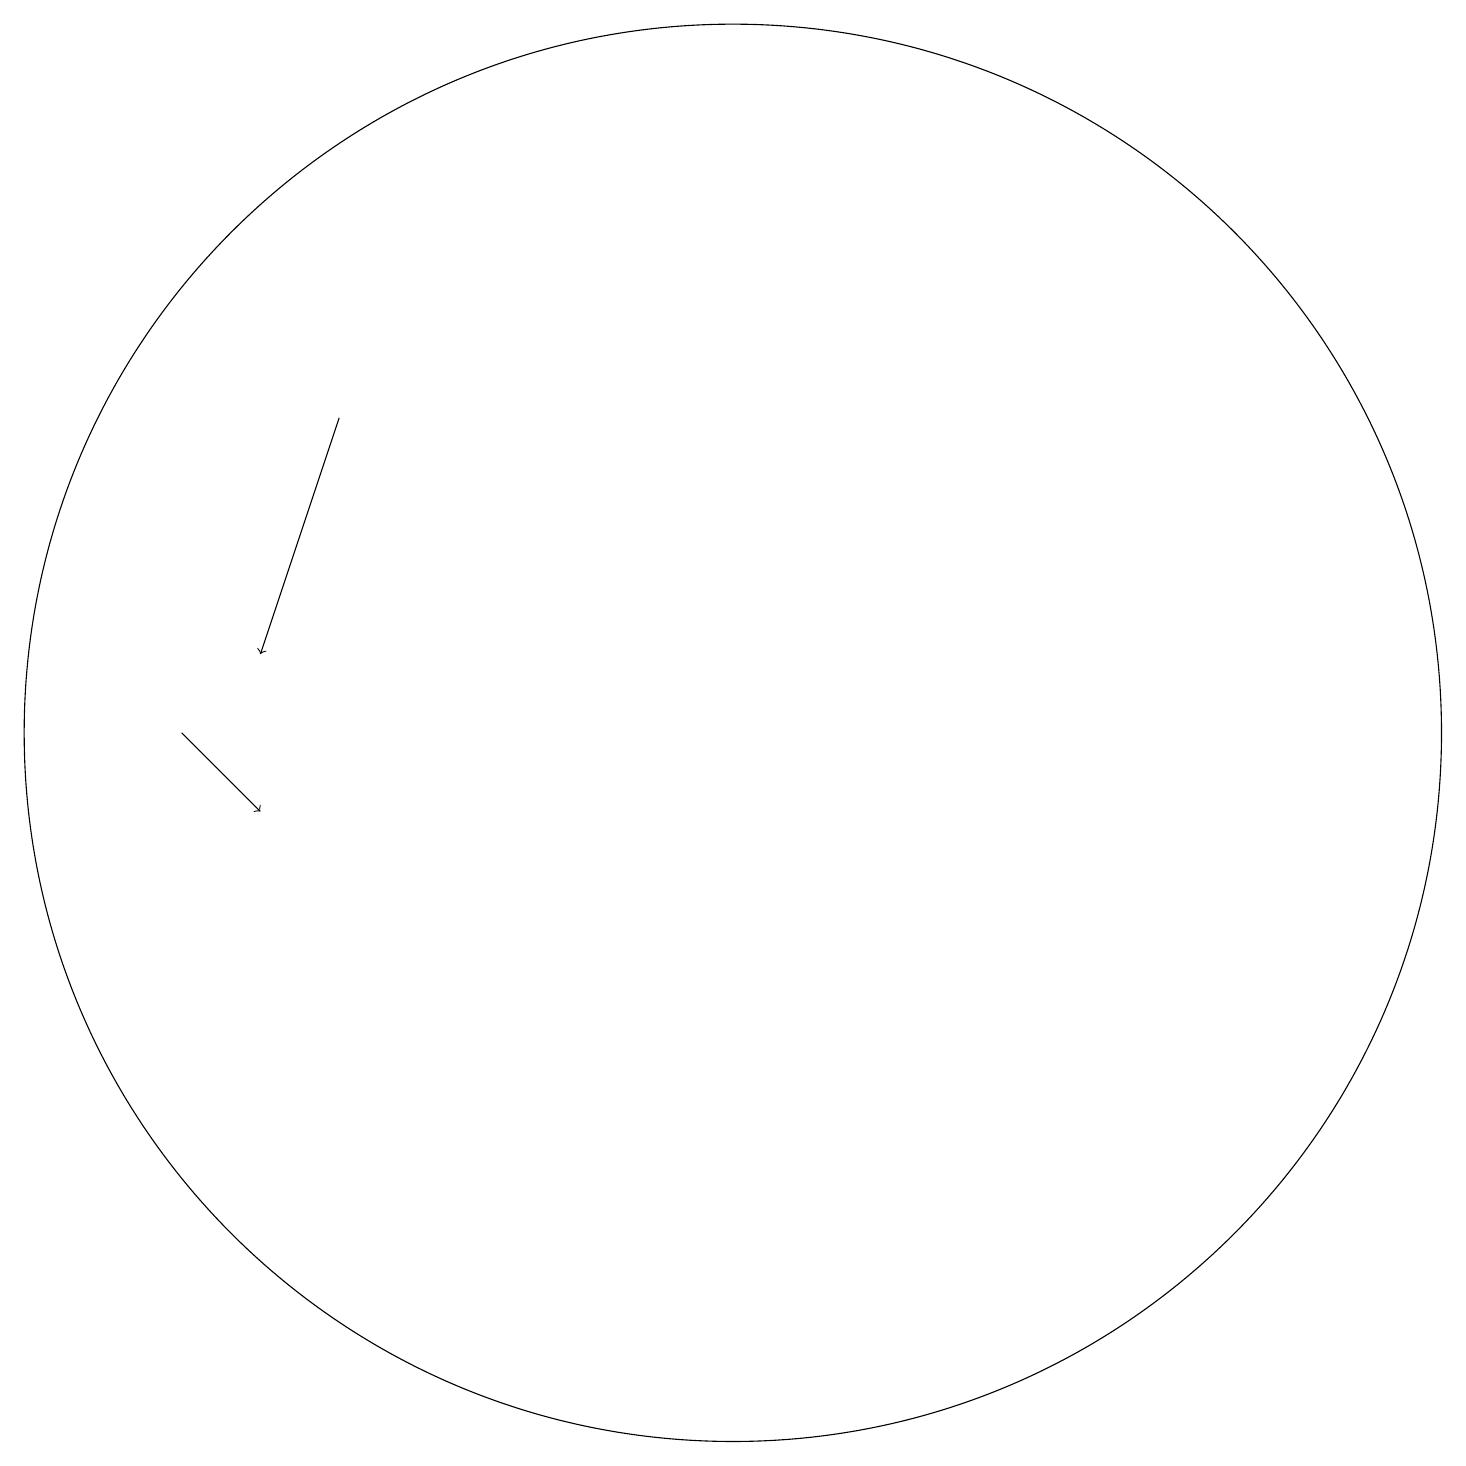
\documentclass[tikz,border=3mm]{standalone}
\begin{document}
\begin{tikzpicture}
\draw (11,12) circle (9);
\draw[->] (6,16) -- (5,13);
\draw[->] (4,12) -- (5,11);
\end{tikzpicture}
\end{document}